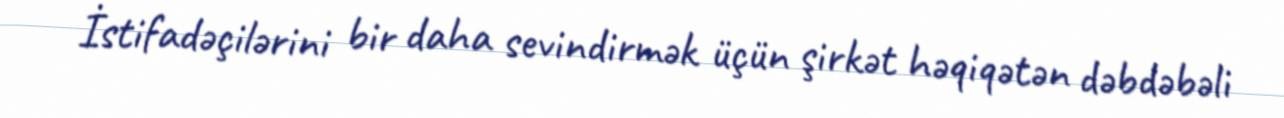
İstifadəçilərini bir daha sevindirmək üçün şirkət həqiqətən dəbdəbəli